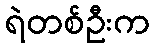
ရဲတစ်ဦးက